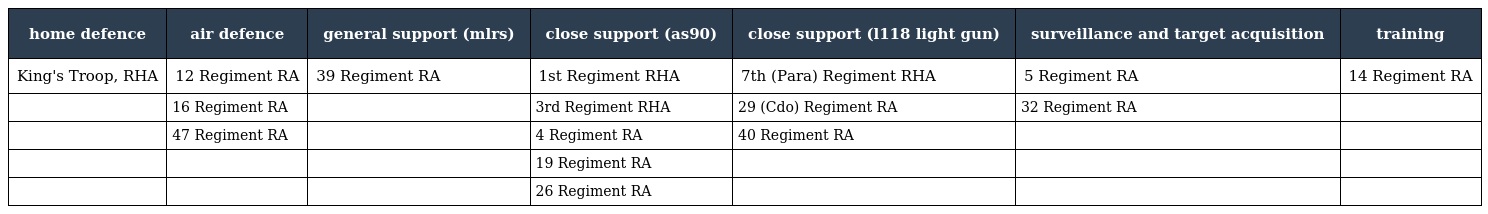
| home defence | air defence | general support (mlrs) | close support (as90) | close support (l118 light gun) | surveillance and target acquisition | training |
 | --- | --- | --- | --- | --- | --- | --- |
 | King's Troop, RHA | 12 Regiment RA | 39 Regiment RA | 1st Regiment RHA | 7th (Para) Regiment RHA | 5 Regiment RA | 14 Regiment RA |
 |  | 16 Regiment RA |  | 3rd Regiment RHA | 29 (Cdo) Regiment RA | 32 Regiment RA |  |
 |  | 47 Regiment RA |  | 4 Regiment RA | 40 Regiment RA |  |  |
 |  |  |  | 19 Regiment RA |  |  |  |
 |  |  |  | 26 Regiment RA |  |  |  |